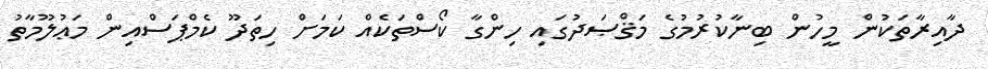
ދާއިރާތަކުން މީހުން ބިނާކުރުމުގެ މަޤްޞަދުގައި ހިންގާ ކޯސްތަކެއް ކަމަށް ހިތަދޫ ކެމްޕަސްއިން މަޢުލޫމާތު